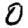
Digit: 0